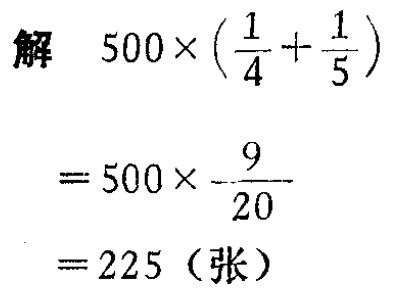
解

\[

\begin{align*}

&500\times(\frac{1}{4}+\frac{1}{5})\\

=&500\times\frac{9}{20}\\

=&225 \text{（张）}

\end{align*}

\]